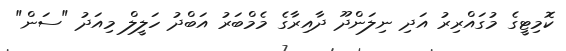
ކޮމިޓީގެ މުގައްރިރު އަދި ނިލަންދޫ ދާއިރާގެ މެމްބަރު އަބްދު ހަލީލް މިއަދު "ސަން"